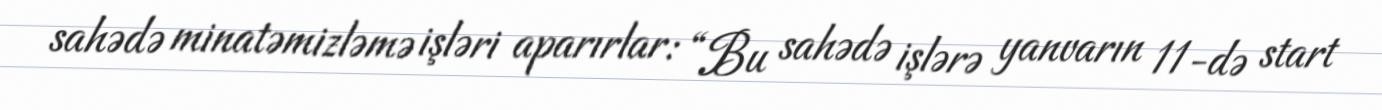
sahədə minatəmizləmə işləri aparırlar: “Bu sahədə işlərə yanvarın 11-də start